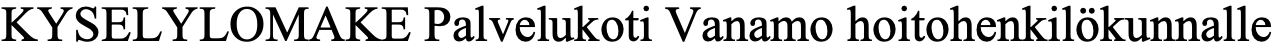
KYSELYLOMAKE  Palvelukoti Vanamo hoitohenkilökunnalle